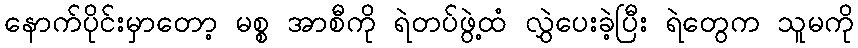
နောက်ပိုင်းမှာတော့ မစ္စ အာစီကို ရဲတပ်ဖွဲ့ထံ လွှဲပေးခဲ့ပြီး ရဲတွေက သူမကို